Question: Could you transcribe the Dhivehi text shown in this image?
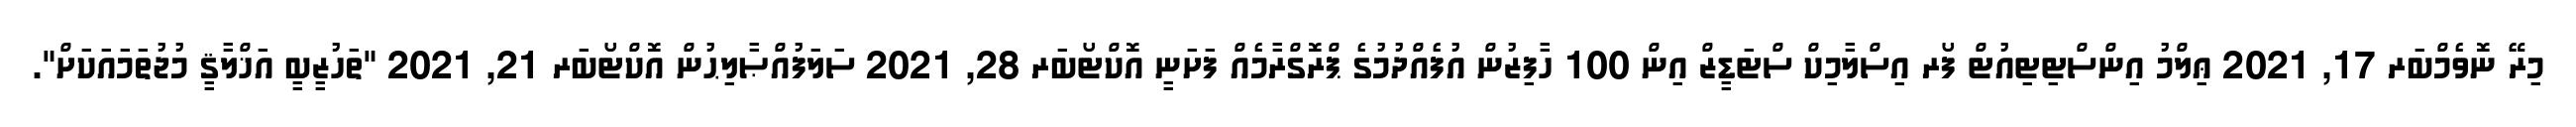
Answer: މިރޭ ނޮވެމްބަރ 17, 2021 ޢިލްމު އިންސްޓިޓިއުޓް ފޯރ އިސްލާމިކް ސްޓަޑީޒް އިން 100 ހާފިޒުން އުފެއްދުމުގެ ޕްރޮގްރާމެއް ފަށަނީ އޮކްޓޯބަރ 28, 2021 ސަލަފުއްޞާލިޙުން އޮކްޓޯބަރ 21, 2021 "ތަހުޒީބީ އަޚްލާޤީ މުޖުތަމައަކަށް".